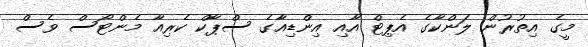
މީގެ އިތުރުން ލަންކާގެ އެޕިޓް އާއި އިންޑިއާގެ ސްޕާކް ކެރިއާ މެންޓޯސް ވެސް